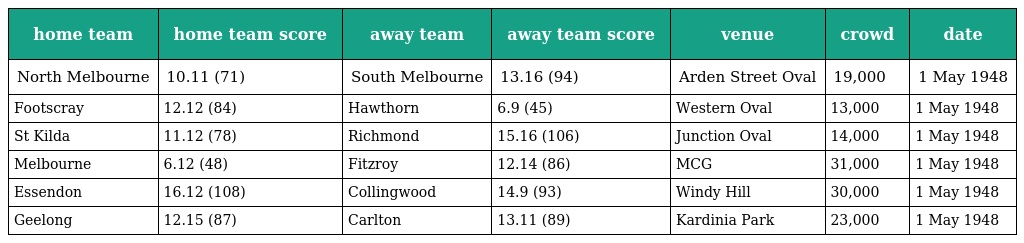
| home team | home team score | away team | away team score | venue | crowd | date |
 | --- | --- | --- | --- | --- | --- | --- |
 | North Melbourne | 10.11 (71) | South Melbourne | 13.16 (94) | Arden Street Oval | 19,000 | 1 May 1948 |
 | Footscray | 12.12 (84) | Hawthorn | 6.9 (45) | Western Oval | 13,000 | 1 May 1948 |
 | St Kilda | 11.12 (78) | Richmond | 15.16 (106) | Junction Oval | 14,000 | 1 May 1948 |
 | Melbourne | 6.12 (48) | Fitzroy | 12.14 (86) | MCG | 31,000 | 1 May 1948 |
 | Essendon | 16.12 (108) | Collingwood | 14.9 (93) | Windy Hill | 30,000 | 1 May 1948 |
 | Geelong | 12.15 (87) | Carlton | 13.11 (89) | Kardinia Park | 23,000 | 1 May 1948 |